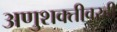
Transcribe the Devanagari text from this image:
अणुशक्तीवरही